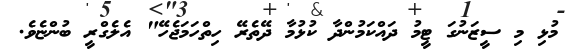
މުޅި މި ސީޒަނުގަ ޓީމު ދައްކަމުންދާ ކުޅުމާ ދޭތެރޭ ހިތްހަމަޖެހޭ" އެލެގްރީ ބުންޏެވެ.